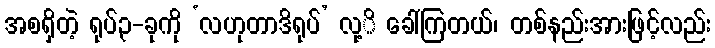
အစရှိတဲ့ ရုပ်၃-ခုကို ‘လဟုတာဒိရုပ်’ လု့ိ ခေါ်ကြတယ်၊ တစ်နည်းအားဖြင့်လည်း